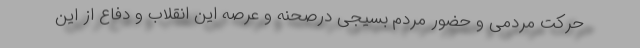
حرکت مردمی و حضور مردم بسیجی درصحنه و عرصه این انقلاب و دفاع از این